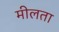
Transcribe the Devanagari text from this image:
मीलता